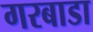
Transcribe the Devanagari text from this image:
गरबाडा